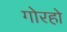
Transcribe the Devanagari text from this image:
गोरहो